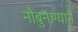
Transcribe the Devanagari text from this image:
नोबुनाग्याने